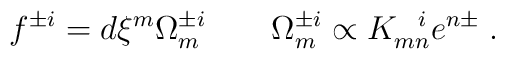
f^{\pm i} = d\xi^m\Omega_m^{\pm i} \qquad \Omega_m^{\pm i} \propto  K^{~~i}_{mn} e^{n \pm}\; .